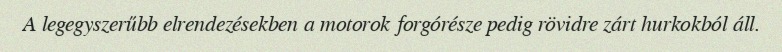
A legegyszerűbb elrendezésekben a motorok forgórésze pedig rövidre zárt hurkokból áll.